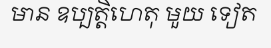
មាន ឧប្បត្តិហេតុ មួយ ទៀត